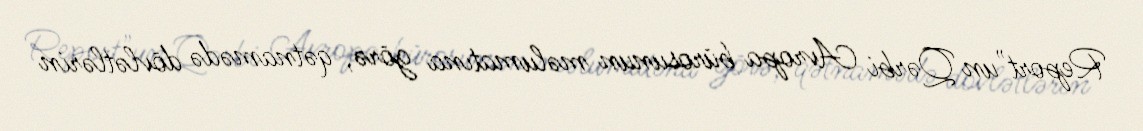
Report"un Qərbi Avropa bürosunun məlumatına görə, qətnamədə dövlətlərin